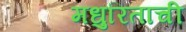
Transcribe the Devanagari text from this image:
मधुरिताची